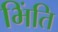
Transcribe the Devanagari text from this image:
भिंति